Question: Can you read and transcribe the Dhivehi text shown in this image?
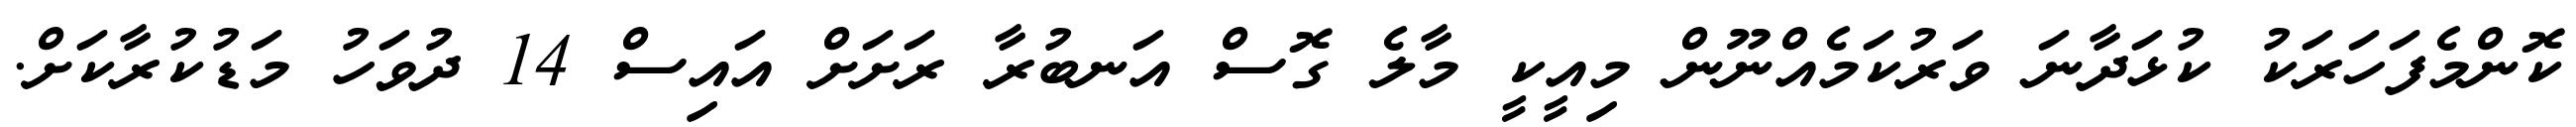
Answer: ކޮންމެފަހަރަކު ކުޅަދާނަ ވަރުކަމެއްނޫން މިއީކީ މާލެ ގޮސް އަނބުރާ ރަށަށް އައިސް 14 ދުވަހު މަޑުކުރާކަށް.